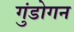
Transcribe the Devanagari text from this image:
गुंडोगन